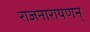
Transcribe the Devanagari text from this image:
राजनारायणन्